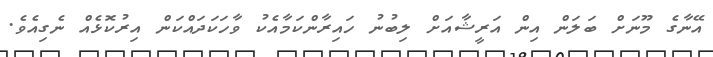
އޭނާގެ މޫނަށް ބަލަން އިން އަރީޝާއަށް ލިބުނު ހައިރާންކަމާއެކު ވާހަކަދައްކަން އިރުކޮޅެއް ނެގިއެވެ.